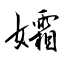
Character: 孀